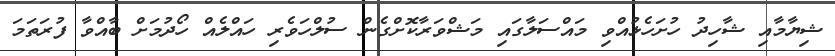
ޝިޔާމާއި ޝާހިދު ހުށަހެޅުއްވި މައްސަލާގައި މަޝްވަރާކޮށްގެން ސުލްހަވެރި ހައްލެއް ހޯދުމަށް ބާއްވާ ފުރަތަމަ